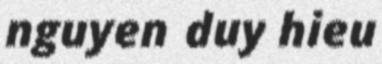
nguyen duy hieu